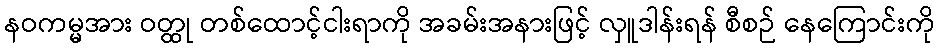
နဝကမ္မအား ဝတ္ထု တစ်ထောင့်ငါးရာကို အခမ်းအနားဖြင့် လှူဒါန်းရန် စီစဉ် နေကြောင်းကို